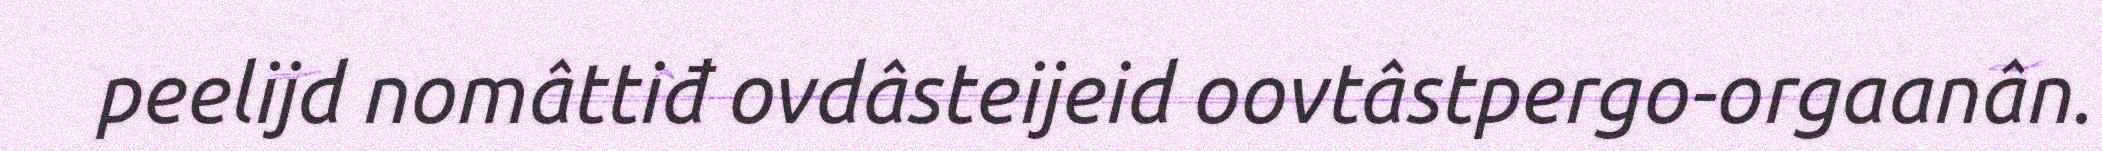
peelijd nomâttiđ ovdâsteijeid oovtâstpergo-orgaanân.